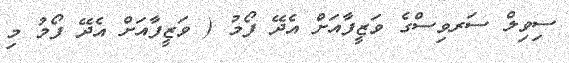
ސިވިލް ސަރވިސްގެ ވަޒީފާއަށް އެދޭ ފޯމު ( ވަޒީފާއަށް އެދޭ ފޯމު މި